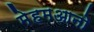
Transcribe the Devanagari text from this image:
मेहमआनो